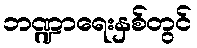
ဘဏ္ဍာရေးနှစ်တွင်